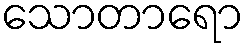
သောတာရော